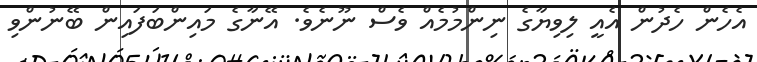
އެހެން ހެދުން އެއީ ލިވިޔާގެ ނިންމުމެއް ވެސް ނޫނެވެ. އޭނާގެ މައިންބަފައިން ބޭނުންވި